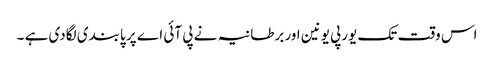
اس وقت تک یورپی یونین اور برطانیہ نے پی آئی اے پر پابندی لگادی ہے ۔